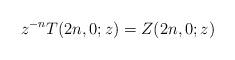
LaTeX: \begin{align*} z^{-n} T(2n,0;z)=Z(2n,0;z)\end{align*}